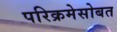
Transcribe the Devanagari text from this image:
परिक्रमेसोबत